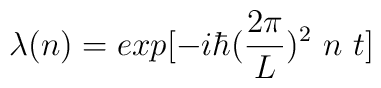
\lambda(n) = exp[-i\hbar ({2\pi \over L})^2~n~t]